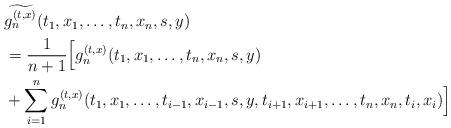
LaTeX: \begin{align*}& \widetilde{g_n^{(t,x)}}(t_1,x_1,\ldots,t_n,x_n,s,y) \\& =\frac{1}{n+1}\Big[g_n^{(t,x)}(t_1,x_1,\ldots,t_n,x_n,s,y) \\& +\sum_{i=1}^{n}g_n^{(t,x)}(t_1,x_1,\ldots,t_{i-1},x_{i-1},s,y,t_{i+1},x_{i+1},\ldots,t_n,x_n,t_i,x_i)\Big]\end{align*}